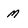
Character: m